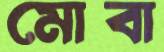
মোবা